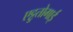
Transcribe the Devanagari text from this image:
एट्टुतोगाई